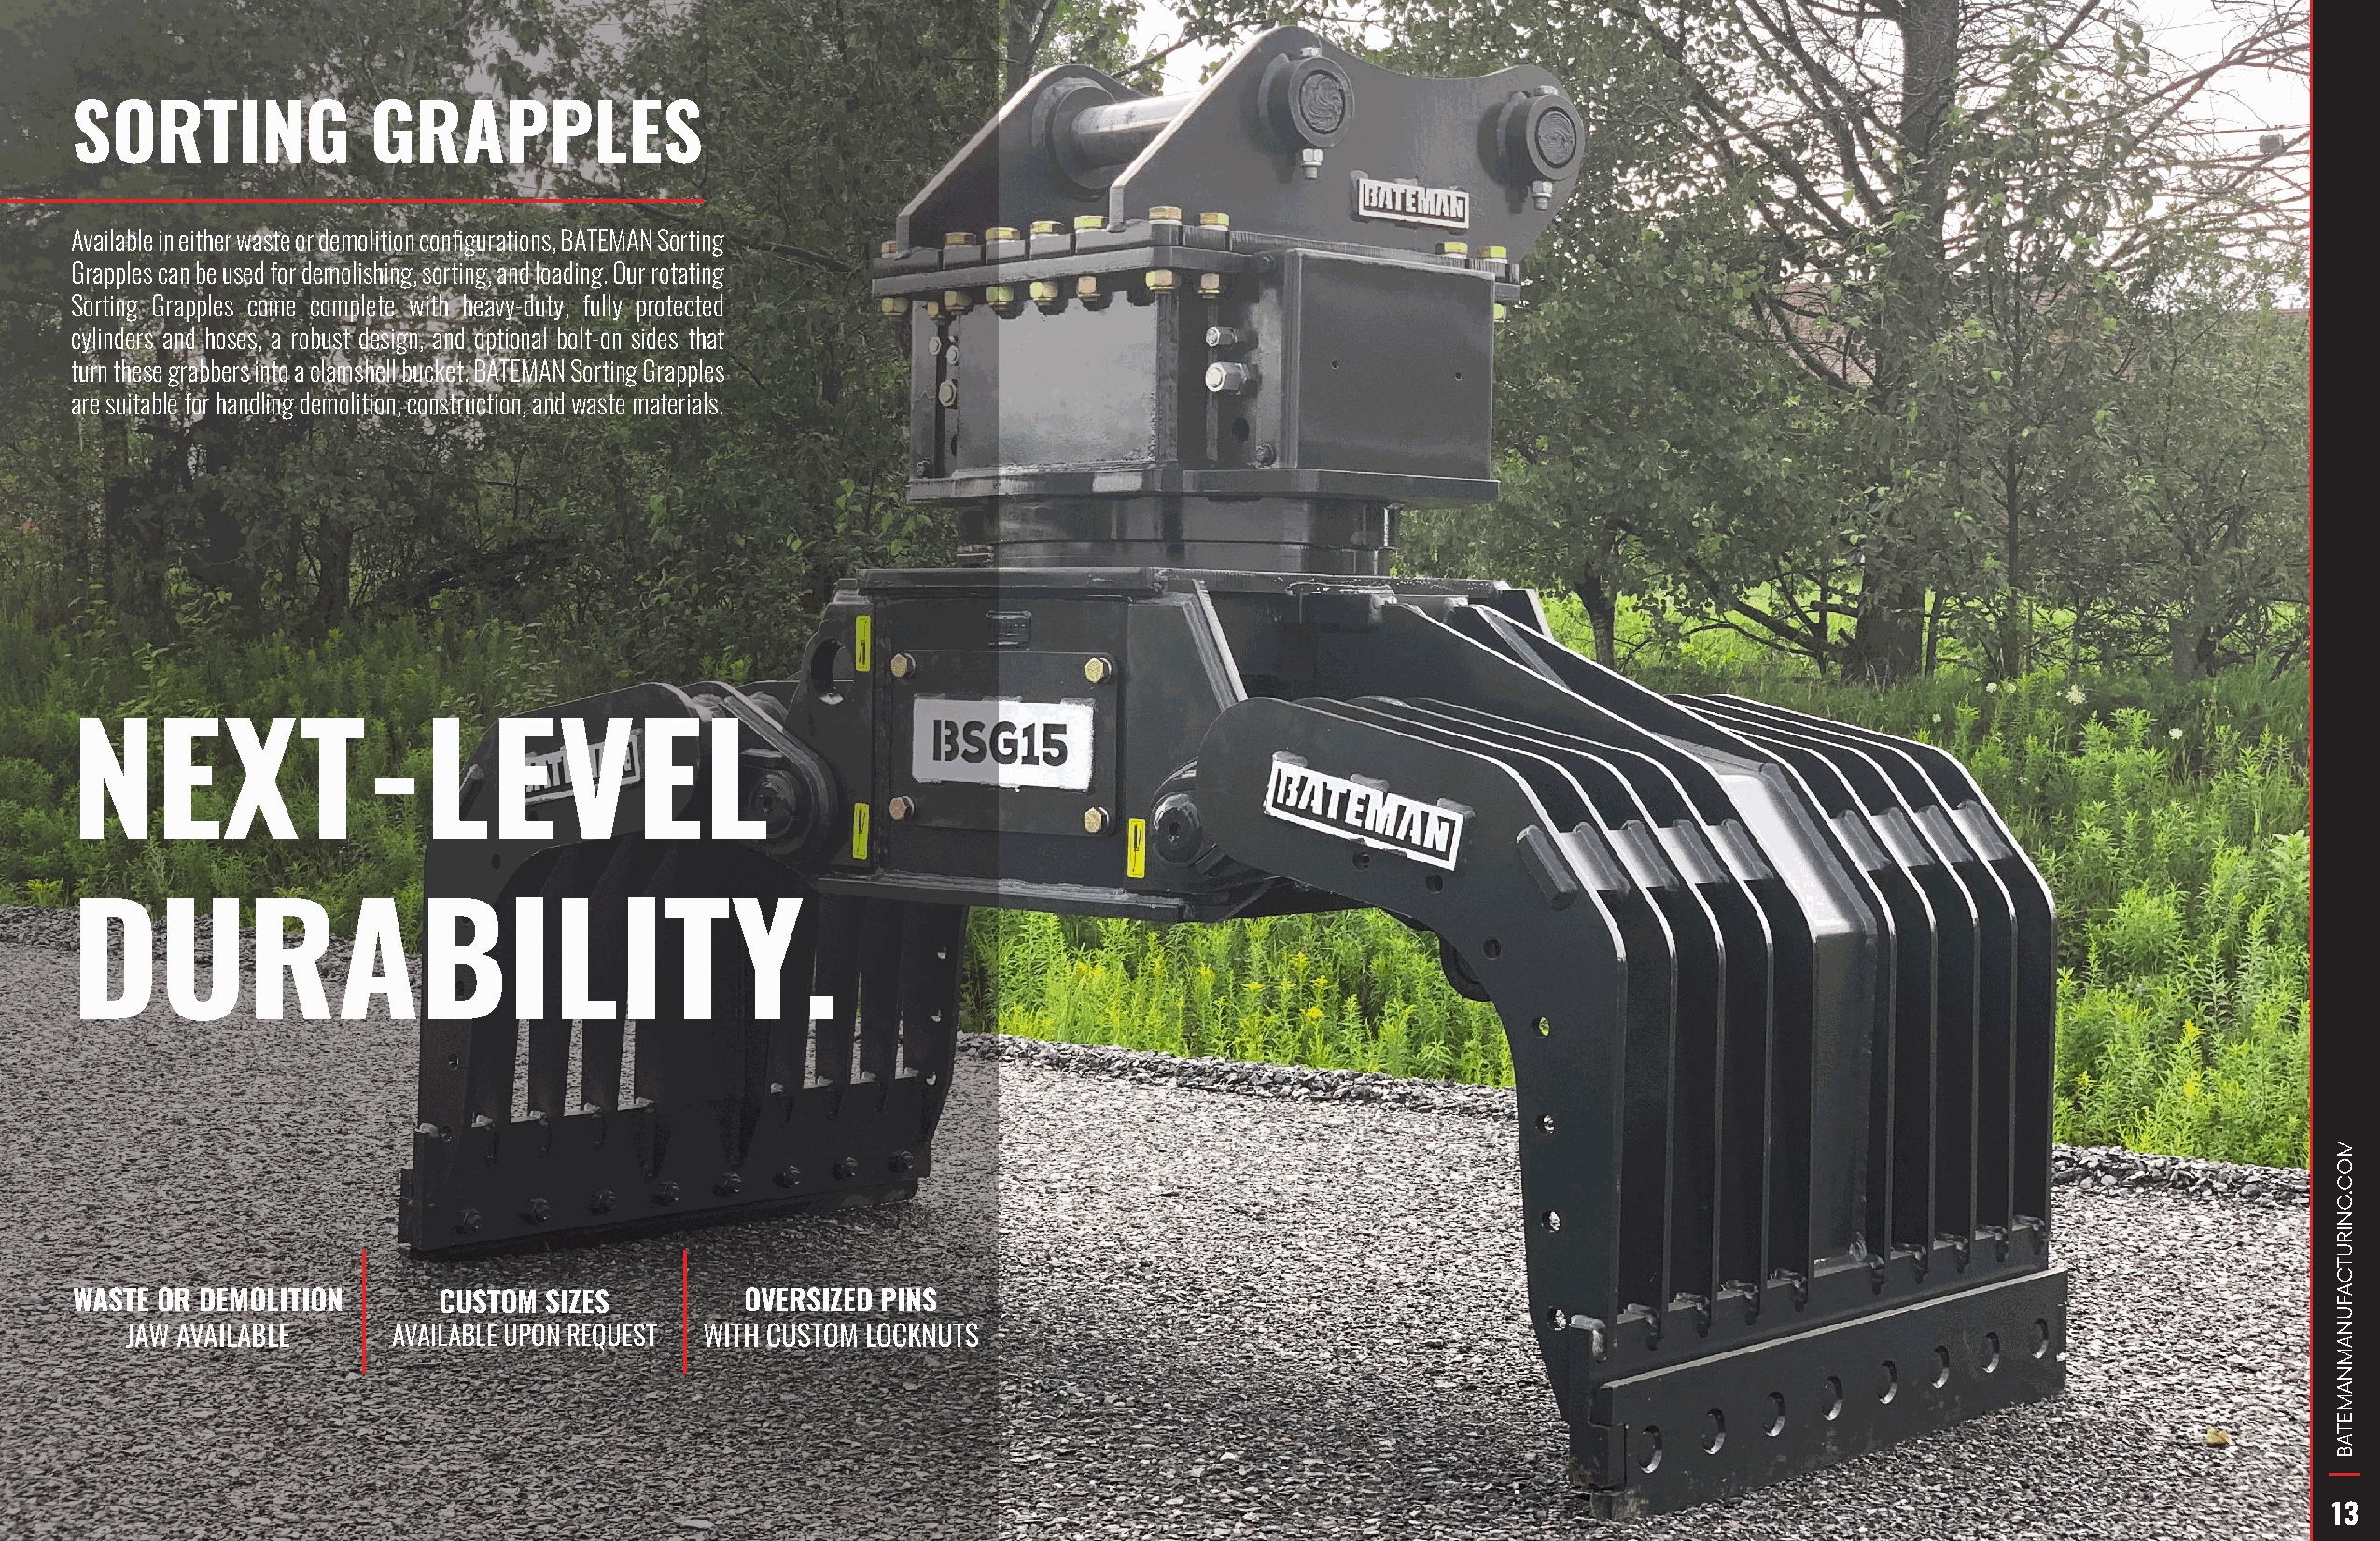
SORTING              GRAPPLES
 Available in either waste or demolition configurations, BATEMAN Sorting
 Grapples can be used for demolishing, sorting, and loading. Our rotating
 Sorting Grapples come complete with heavy-duty, fully protected
 cylinders and hoses, a robust design, and optional bolt-on sides that
 turn these grabbers into a clamshell bucket. BATEMAN Sorting Grapples
 are suitable for handling demolition, construction, and waste materials.
 NEXT-LEVEL
 DURABILITY.
 WASTE OR DEMOLITION       CUSTOM  SIZES         OVERSIZED PINS
 JAW AVAILABLE      AVAILABLE UPON REQUEST WITH CUSTOM LOCKNUTS
 13
 MOC.GNIRUTCAFUNAMNAMETAB